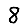
Digit: 8